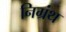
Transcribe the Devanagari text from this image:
निग्रंथ